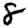
Digit: 8